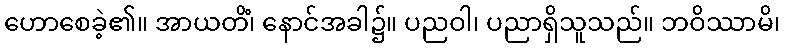
ဟောစေခဲ့၏။ အာယတိံ၊ နောင်အခါ၌။ ပညဝါ၊ ပညာရှိသူသည်။ ဘဝိဿာမိ၊